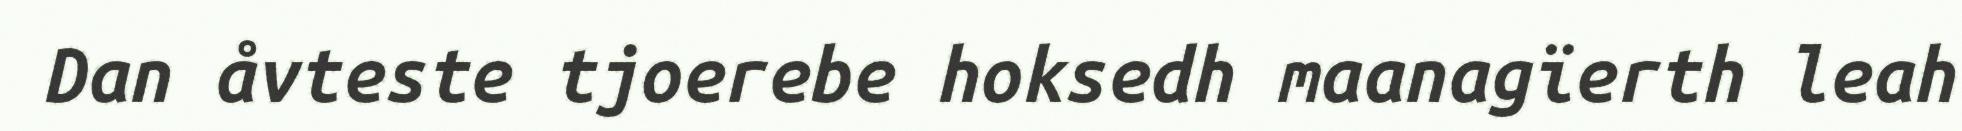
Dan åvteste tjoerebe hoksedh maanagïerth leah